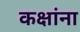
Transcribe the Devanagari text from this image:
कक्षांना